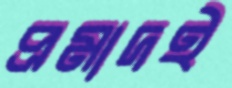
প্রমাদই